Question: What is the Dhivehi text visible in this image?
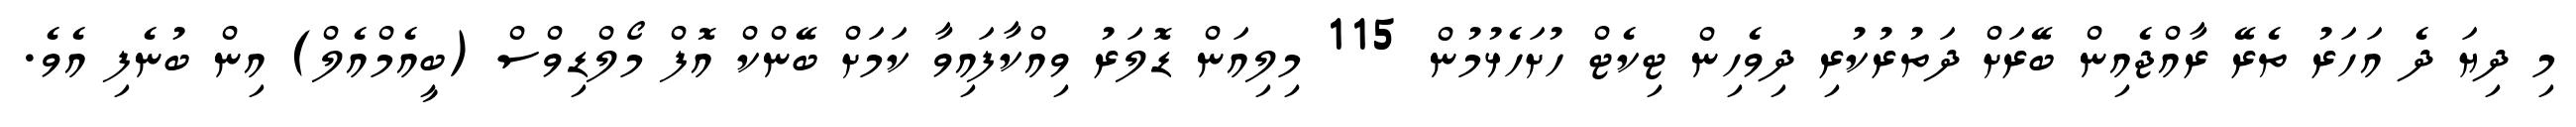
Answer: މި ދިޔަ ދެ އަހަރު ތެރޭ ރާއްޖެއިން ބޭރަށް ދަތުރުކުރި ދިވެހިން ޓިކެޓް ހުށަހެޅުމުން 115 މިލިއަން ޑޮލަރު ވިއްކާފައިވާ ކަމަށް ބޭންކް އޮފް މޯލްޑިވްސް (ބީއެމްއެލް) އިން ބުނެފި އެވެ.